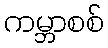
ကမ္ဘာစစ်